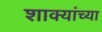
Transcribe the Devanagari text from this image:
शाक्यांच्या